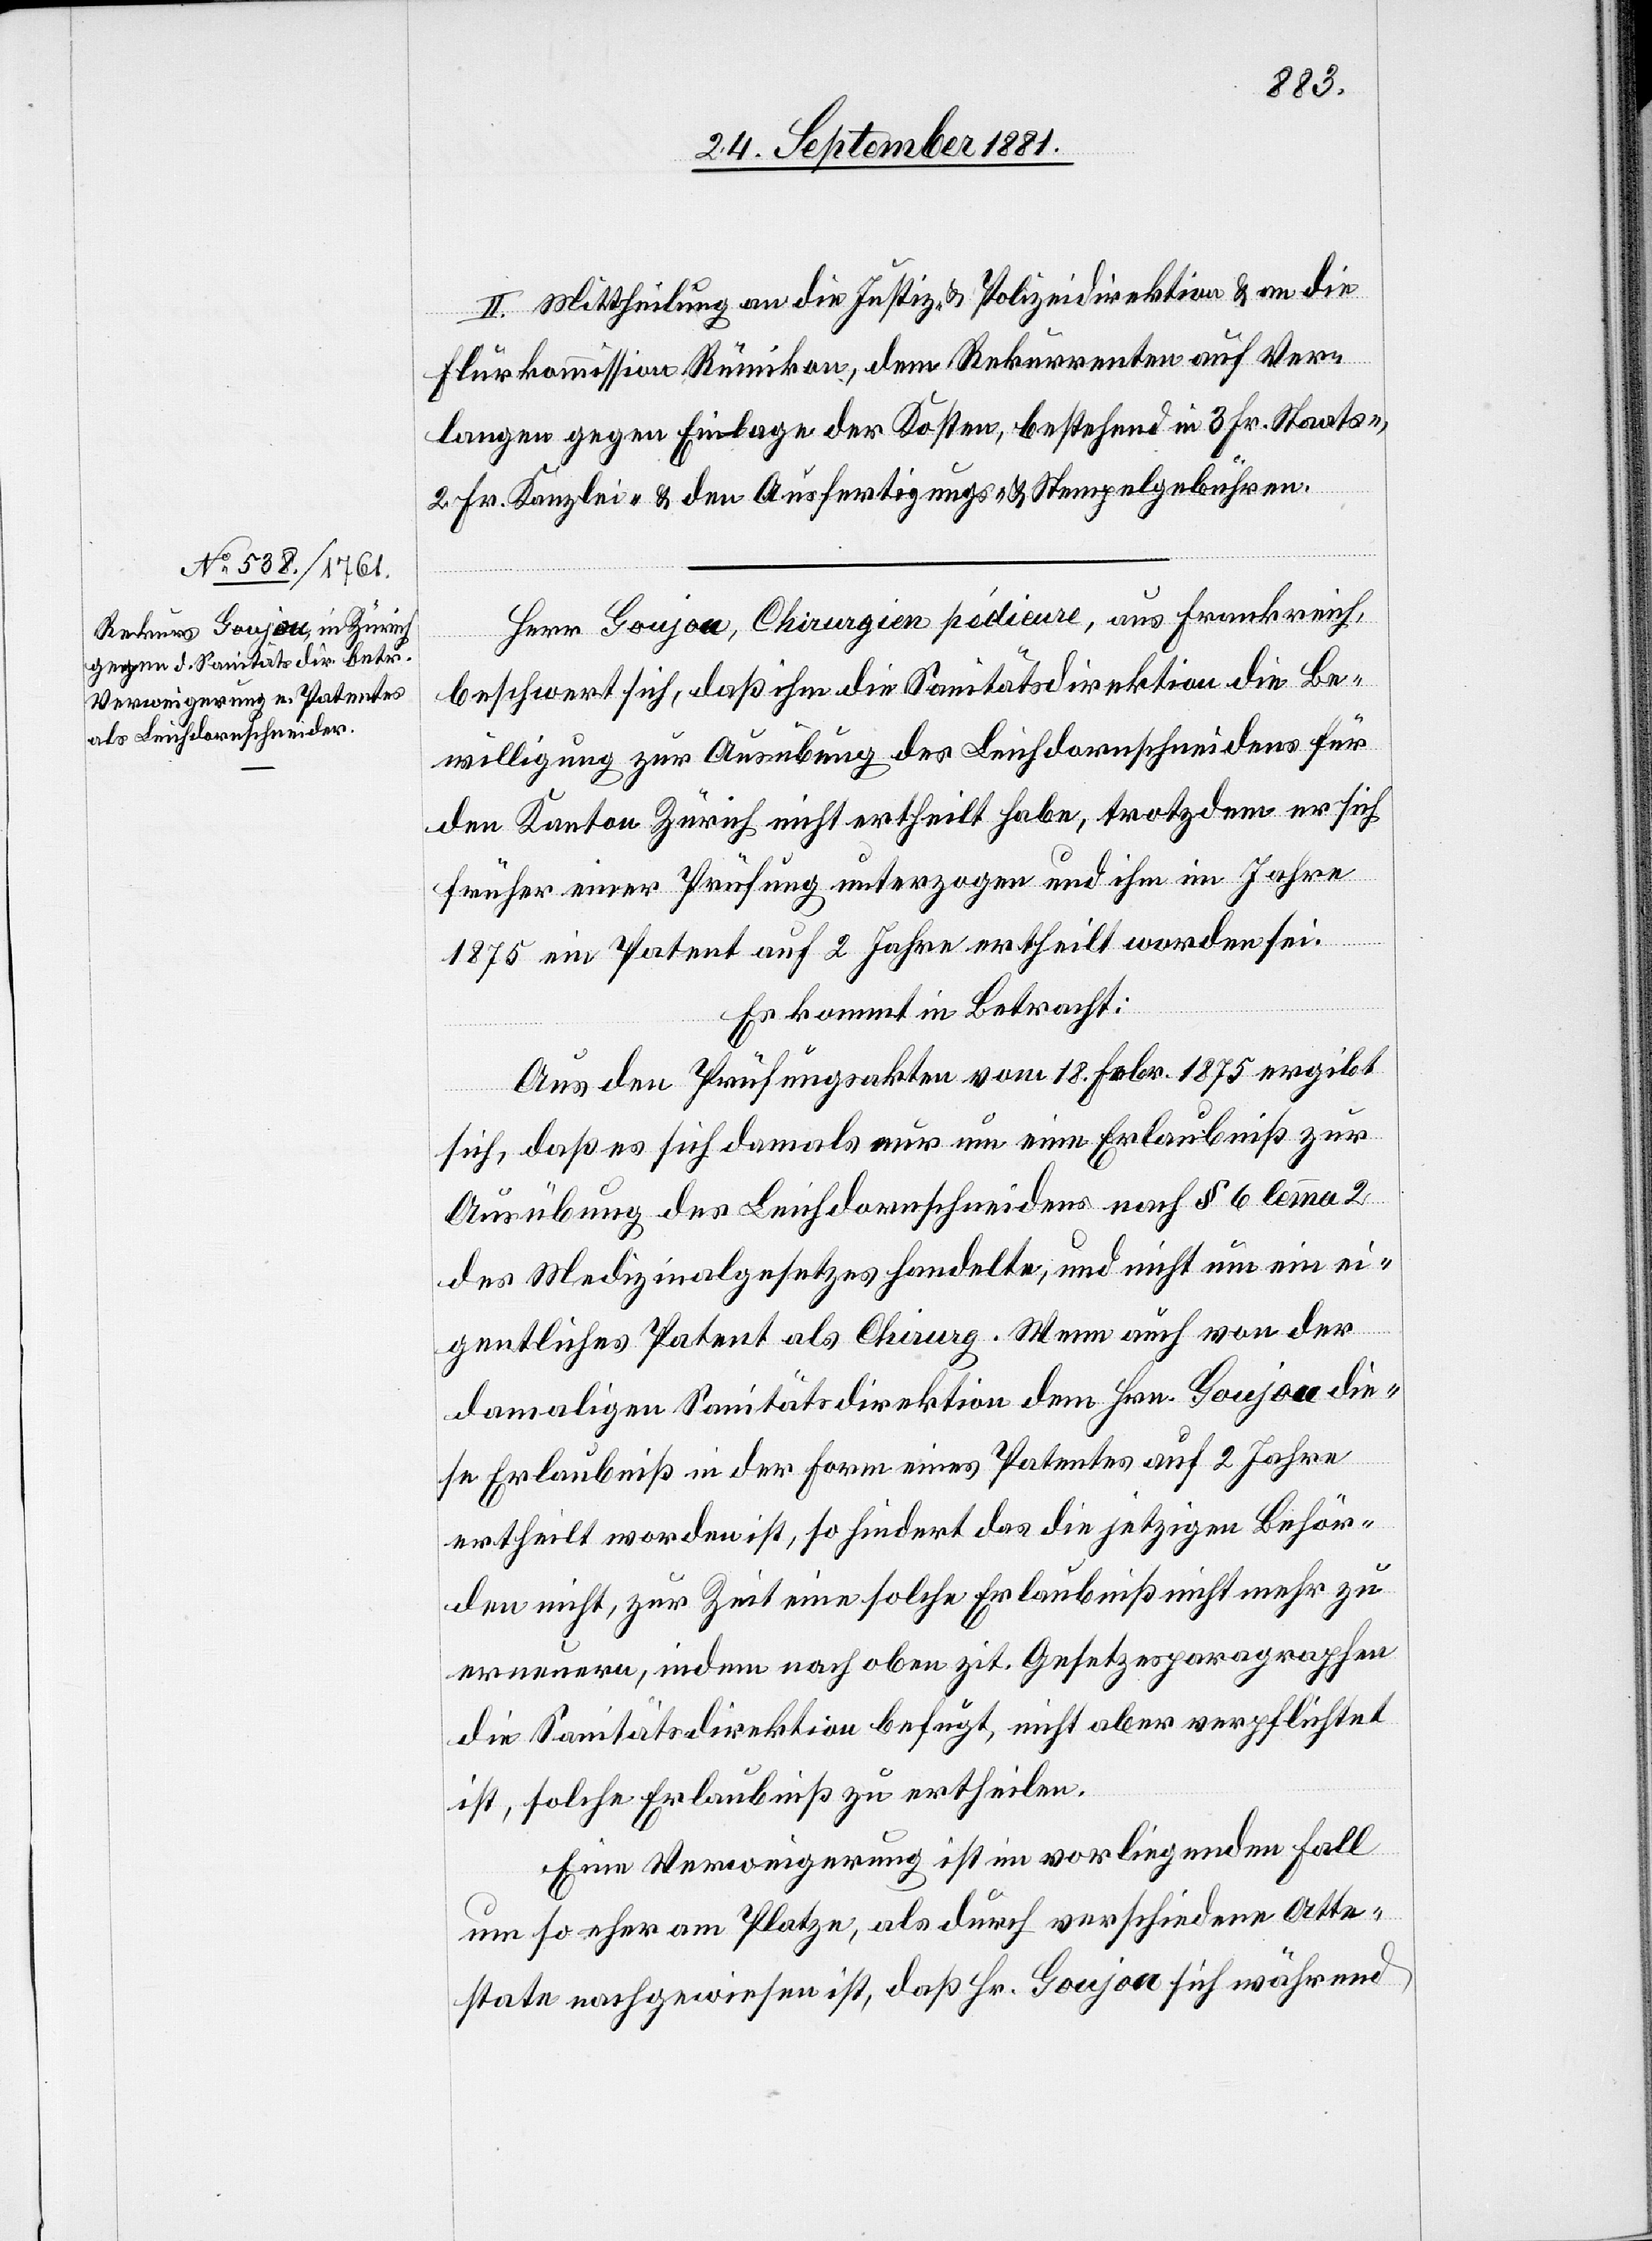
II. Mittheilung an die Justiz- & Polizeidirektion & an die
Flurkommission Rümikon, den Rekurrenten auf Ver¬
langen gegen Einklage der Kosten, bestehend in 3. Fr. Staats-,
2. Fr. Kanzlei- & den Ausfertigungs- & Stempelgebühren.
Herr Goujou, Chirurgien pédieure, aus Frankreich,
beschwert sich, daß ihm die Sanitätsdirektion die Be¬
willigung zur Ausübung des Leichdornschneidens für
den Kanton Zürich nicht ertheilt habe, trotzdem er sich
früher einer Prüfung unterzogen und ihm im Jahre
1875 ein Patent auf 2 Jahre ertheilt worden sei.
Es kommt in Betracht:
Aus den Prüfungsakten vom 18. Febr. 1875 ergibt
sich, daß es sich damals nur um eine Erlaubniß zur
Ausübung des Leichdornschneidens nach § 6 lemma 2
des Medizinalgesetzes handelte, und nicht um ein ei¬
gentliches Patent als Chirurg. Wenn auch von der
damaligen Sanitätsdirektion dem Hrn. Goujou die¬
se Erlaubniß in der Form eines Patentes auf 2 Jahre
ertheilt worden ist, so hindert das die jetzigen Behör¬
den nicht, zur Zeit eine solche Erlaubniß nicht mehr zu
erneuern, indem nach oben zit. Gesetzesparagraphen
die Sanitätsdirektion befugt, nicht aber verpflichtet
ist, solche Erlaubniß zu ertheilen.
Eine Verweigerung ist im vorliegenden Fall
um so eher am Platze, als durch verschiedene Atte¬
state nachgewiesen ist, daß Hr. Goujou sich während